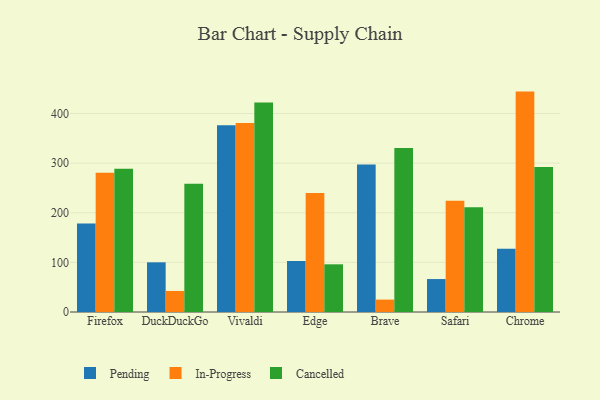
{"axis": {"x": "Browser", "y": "Population (Million)"}, "legend": ["Cancelled", "In-Progress", "Pending"], "data": [{"x": "Firefox", "y": 178.1, "type": "Pending"}, {"x": "Firefox", "y": 280.6, "type": "In-Progress"}, {"x": "Firefox", "y": 288.7, "type": "Cancelled"}, {"x": "DuckDuckGo", "y": 100.1, "type": "Pending"}, {"x": "DuckDuckGo", "y": 42.4, "type": "In-Progress"}, {"x": "DuckDuckGo", "y": 258.5, "type": "Cancelled"}, {"x": "Vivaldi", "y": 376.2, "type": "Pending"}, {"x": "Vivaldi", "y": 380.9, "type": "In-Progress"}, {"x": "Vivaldi", "y": 422.3, "type": "Cancelled"}, {"x": "Edge", "y": 102.8, "type": "Pending"}, {"x": "Edge", "y": 239.8, "type": "In-Progress"}, {"x": "Edge", "y": 96.1, "type": "Cancelled"}, {"x": "Brave", "y": 297.4, "type": "Pending"}, {"x": "Brave", "y": 25.0, "type": "In-Progress"}, {"x": "Brave", "y": 330.3, "type": "Cancelled"}, {"x": "Safari", "y": 66.4, "type": "Pending"}, {"x": "Safari", "y": 224.1, "type": "In-Progress"}, {"x": "Safari", "y": 211.2, "type": "Cancelled"}, {"x": "Chrome", "y": 127.6, "type": "Pending"}, {"x": "Chrome", "y": 444.1, "type": "In-Progress"}, {"x": "Chrome", "y": 292.4, "type": "Cancelled"}]}